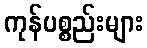
ကုန်ပစ္စည်းများ